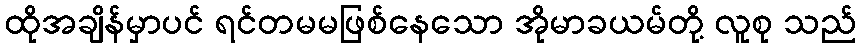
ထိုအချိန်မှာပင် ရင်တမမဖြစ်နေသော အိုမာခယမ်တို့ လူစု သည်